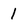
Character: 1